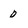
Character: 0